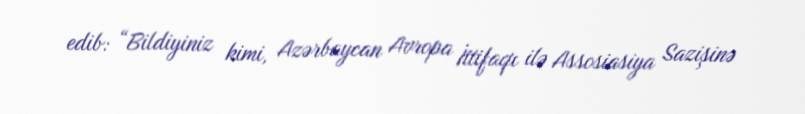
edib: “Bildiyiniz kimi, Azərbaycan Avropa İttifaqı ilə Assosiasiya Sazişinə